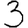
Digit: 3